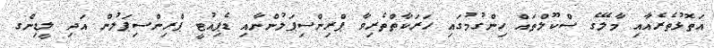
އަތޮޅުތެރެއާއި މާލޭގެ ސްކޫލްތައް ހިންގުމުގައި ހަރަކާތްތެރިވާ ޕްރިންސިޕަލުންނާއި ޑެޕިއުޓީ ޕްރިންސިޕަލުން އަދި ލީޑިންގ